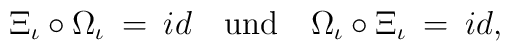
\Xi_{\iota } \circ \Omega_{\iota } \: = \: id \quad \mbox{und} \quad \Omega_{\iota } \circ \Xi_{\iota } \: = \: id ,